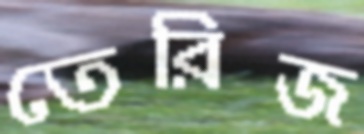
তেরিজ